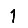
Digit: 1